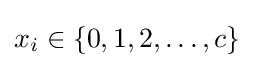
x_{i}\in \{0,1,2,\dots ,c\}